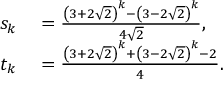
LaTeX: \begin{array} { r l } { s _ { k } } & { { } = { \frac { \left( 3 + 2 { \sqrt { 2 } } \right) ^ { k } - \left( 3 - 2 { \sqrt { 2 } } \right) ^ { k } } { 4 { \sqrt { 2 } } } } , } \\ { t _ { k } } & { { } = { \frac { \left( 3 + 2 { \sqrt { 2 } } \right) ^ { k } + \left( 3 - 2 { \sqrt { 2 } } \right) ^ { k } - 2 } { 4 } } . } \end{array}